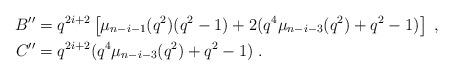
LaTeX: \begin{align*} B''&=q^{2i+2}\left[\mu_{n-i-1}(q^{2})(q^{2}-1)+2(q^{4}\mu_{n-i-3}(q^{2})+q^{2}-1)\right]\; ,\\ C''&=q^{2i+2}(q^{4}\mu_{n-i-3}(q^{2})+q^{2}-1)\; . \end{align*}